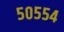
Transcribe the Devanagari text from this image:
५०५५४